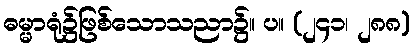
ဓမ္မာရုံ၌ဖြစ်သောသညာ၌။ ပ။ (၂၄၁၊ ၂၈၈)